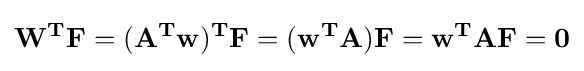
{\begin{aligned}\mathbf {W^{T}} \mathbf {F} =\mathbf {(A^{T}w)^{T}} \mathbf {F} =\mathbf {(w^{T}A)} \mathbf {F} =\mathbf {w^{T}AF} =\mathbf {0} \end{aligned}}